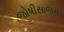
જોષીસાજન